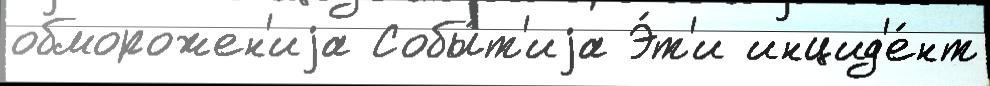
обморожен'иjа Собы́т'иjа Э́т'и инцид'е́нт